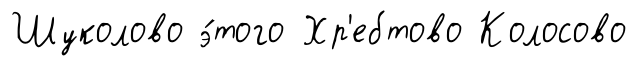
Шуколово э́того Хр'ебтово Колосово